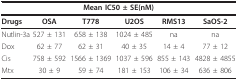
<table><thead><tr><td colspan="6"><b>Mean IC50 ± SE(nM)</b></td></tr></thead><tbody><tr><td><b>Drugs</b></td><td><b>OSA</b></td><td><b>T778</b></td><td><b>U2OS</b></td><td><b>RMS13</b></td><td><b>SaOS-2</b></td></tr><tr><td>Nutlin-3a</td><td>527 ± 131</td><td>658 ± 138</td><td>1024 ± 485</td><td>na</td><td>na</td></tr><tr><td>Dox</td><td>62 ± 77</td><td>62 ± 31</td><td>40 ± 35</td><td>14 ± 4</td><td>77 ± 12</td></tr><tr><td>Cis</td><td>758 ± 592</td><td>1566 ± 1369</td><td>1037 ± 596</td><td>855 ± 143</td><td>4828 ± 4855</td></tr><tr><td>Mtx</td><td>30 ± 9</td><td>59 ± 74</td><td>181 ± 153</td><td>106 ± 34</td><td>636 ± 806</td></tr></tbody></table>